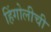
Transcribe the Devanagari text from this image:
हिंगोलीची